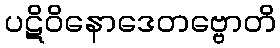
ပဋိဝိနောဒေတဗ္ဗောတိ